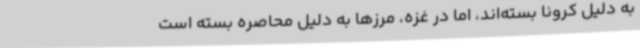
به دلیل کرونا بسته‌اند، اما در غزه، مرزها به دلیل محاصره بسته است